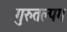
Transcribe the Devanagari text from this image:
गुरुतल्पग